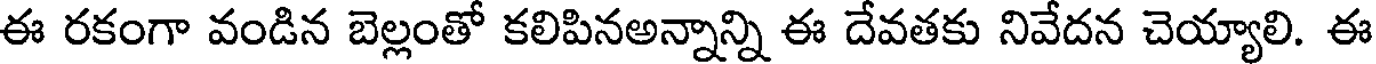
ఈ రకంగా వండిన బెల్లంతో కలిపినఅన్నాన్ని ఈ దేవతకు నివేదన చెయ్యాలి. ఈ